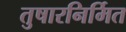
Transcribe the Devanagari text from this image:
तुषारनिर्मित